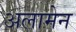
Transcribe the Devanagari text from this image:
अलामेन